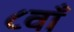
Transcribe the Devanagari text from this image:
८वाँ